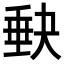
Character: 𡙇